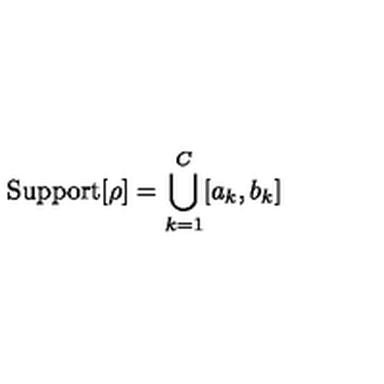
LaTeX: \mathrm { S u p p o r t } [ \rho ] = \bigcup _ { k = 1 } ^ { C } [ a _ { k } , b _ { k } ]